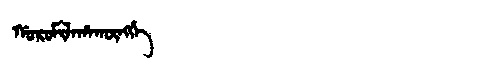
Manchu: ᡤᠣᡵᠣᠮᡳᠯᠠᡥᠠᡴᡡᠩᡤᡝ
Romanization: GOROMILAHAKŪNGGE